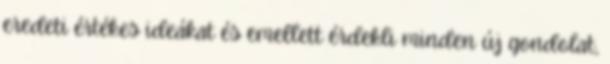
eredeti értékes ideákat és emellett érdekli minden új gondolat,